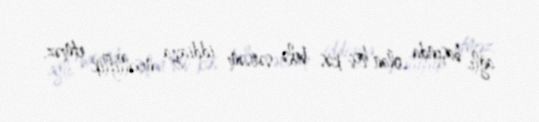
ağlı başında olan heç kəs belə sərsəm iddiaya müəlliflik etməz.